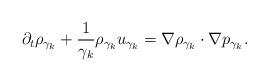
LaTeX: \begin{align*}\partial_t \rho_{\gamma_k}+\frac{1}{\gamma_k}\rho_{\gamma_k}u_{\gamma_k}=\nabla \rho_{\gamma_k}\cdot\nabla p_{\gamma_k}.\end{align*}